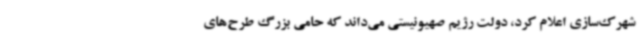
شهرک‌سازی اعلام کرد، دولت رژیم صهیونیستی می‌داند که حامی بزرگ طرح‌های